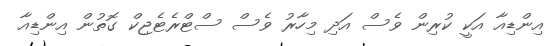
އިންޑިއާ އަކީ ކުރިން ވެސް އަދި މިހާރު ވެސް ސްޓްރެޓެޖިކް ގޮތުން އިންޑިއާ